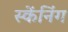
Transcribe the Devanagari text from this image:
स्केंनिंग